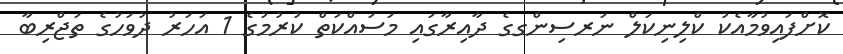
ކޮށްފައިވުމާއެކު ކްލިނިކަލް ނަރސިންގގެ ދާއިރާގައި މަސައްކަތް ކުރުމުގެ 1 އަހަރު ދުވަހުގެ ތަޖްރިބާ